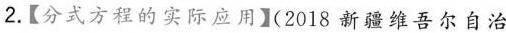
2.【分式方程的实际应用】(2018新疆维吾尔自治